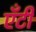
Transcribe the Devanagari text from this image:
एँटी